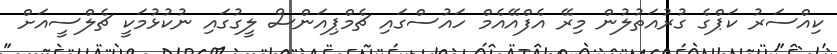
ކިއްސަރު ކަޕްގެ ގުރުއަތުލުން މިރޭ އެފްއޭއެމް ހައުސްގައި ޗެމްޕިއަންސް ލީގުގައި ނުކުޅުމަކީ ޗެލްސީއަށް